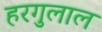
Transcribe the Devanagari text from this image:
हरगुलाल